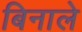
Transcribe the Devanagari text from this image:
बिनाले